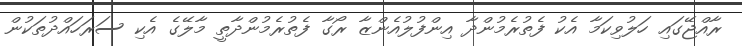
ރާއްޖޭގައި ހަލުވިކަމާ އެކު ފެތުރެމުންދާ އިންފުލުއެންޒާ ރޯގާ ފެތުރެމުންދާތީ މާލޭގެ އެކި ސަރަހައްދުތަކުން